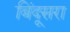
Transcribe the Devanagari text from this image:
बिंदूसरा